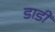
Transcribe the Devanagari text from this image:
डाडीं